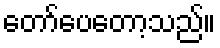
တော်ပေတော့သည်။